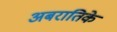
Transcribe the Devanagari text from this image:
अबरातिके